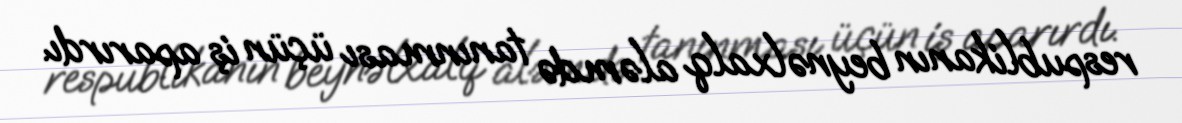
respublikanın beynəlxalq aləmdə tanınması üçün iş aparırdı.